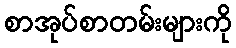
စာအုပ်စာတမ်းများကို